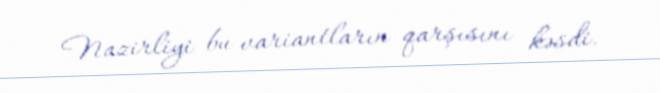
Nazirliyi bu variantların qarşısını kəsdi.